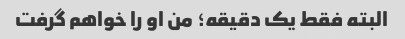
البته فقط یک دقیقه؛ من او را خواهم گرفت